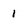
Character: 1